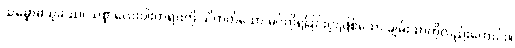
သမ္ဗောဓသုခဿ၊ သစ္စာလေးပါးတရားကို သိတတ်သော မဂ်ကိုရခြင်းငှာဖြစ်သော ချမ်းသာကိုလည်းကောင်း။